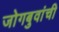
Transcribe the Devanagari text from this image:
जोगबुवांची